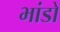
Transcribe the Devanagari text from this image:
भांडो